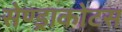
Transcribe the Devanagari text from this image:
सेण्ड्राकोटस